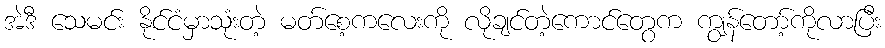
အဲဒီ သေမင်း နိုင်ငံမှာသုံးတဲ့ မတ်စေ့ကလေးကို လိုချင်တဲ့ကောင်တွေက ကျွန်တော့်ကိုလာပြီး